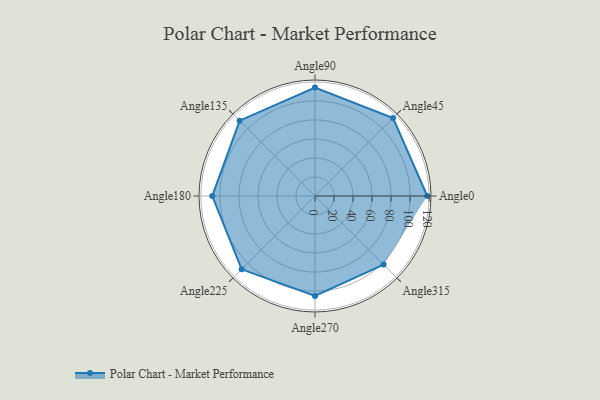
{"axis": {"x": "Angle", "y": "Radius"}, "legend": [""], "data": [{"x": "Angle0", "y": 118.0, "type": ""}, {"x": "Angle45", "y": 116.0, "type": ""}, {"x": "Angle90", "y": 114.0, "type": ""}, {"x": "Angle135", "y": 112.0, "type": ""}, {"x": "Angle180", "y": 108.0, "type": ""}, {"x": "Angle225", "y": 109.0, "type": ""}, {"x": "Angle270", "y": 105.0, "type": ""}, {"x": "Angle315", "y": 102.0, "type": ""}]}